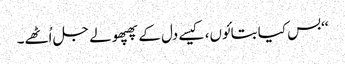
‘‘بس کیا بتائوں، کیسے دل کے پھپھولے جل اُٹھے۔